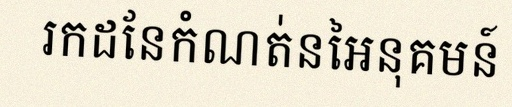
រកដែនកំណត់នៃអនុគមន៍